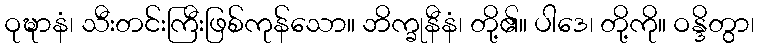
ဝုဍ္ဎာနံ၊ သီးတင်းကြီးဖြစ်ကုန်သော။ ဘိက္ခုနီနံ၊ တို့၏။ ပါဒေ၊ တို့ကို။ ဝန္ဒိတွာ၊